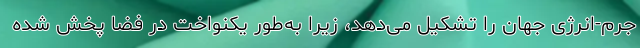
جرم-انرژی جهان را تشکیل می‌دهد، زیرا به‌طور یکنواخت در فضا پخش شده‌